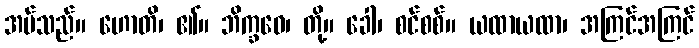
အပ်သည်။ ဟောတိ၊ ၏။ ဘိက္ခဝေ၊ တို့။ ခေါ၊ စင်စစ်။ ယထာယထာ၊ အကြင်အကြင်